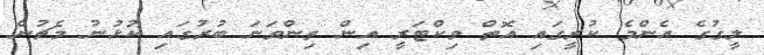
ލީގުގެ އެންމެ ކުރީގައި އޮތް ވިކްޓަރީ އިން ތިންވަނަ ބުރުގައި ކުޅުނު މެޗުން